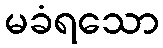
မခံရသော